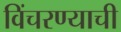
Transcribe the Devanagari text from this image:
विंचरण्याची